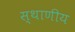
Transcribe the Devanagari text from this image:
स्थाणीय